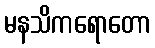
မနသိကရောတော